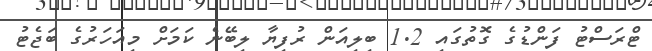
ޓްރަސްޓު ފަންޑުގެ ގޮތުގައި 1.2 ބިލިއަން ރުފިޔާ ލިބޭނެ ކަމަށް މިއަހަރުގެ ބަޖެޓު